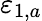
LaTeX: \varepsilon_{1,a}